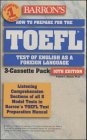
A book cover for How to Prepare for the TOEFL: Test of English As a Foreign Language; Pamela J. Sharpe; Test Preparation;